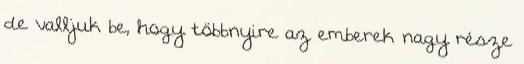
de valljuk be, hogy többnyire az emberek nagy része